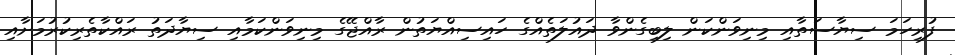
ފުރިހަމަ ސިޔާސަތާއި މިނިވަންކަން ލިބިގެންވާ ދައުލަތެއްގެ ހައިސިއްޔަތުން ރާއްޖޭގެ މިނިވަންކަމާއި ސިޔާދަތު ރައްކާތެރިކުރުމަށާއި